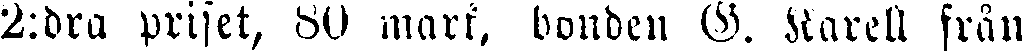
2:dra priset, 60 mark, bonden G. Karell från